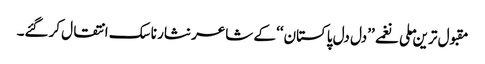
مقبول ترین ملی نغمے ’’دل دل پاکستان‘‘ کے شاعر نثار ناسک انتقال کرگئے۔